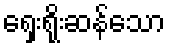
ရှေးရိုးဆန်သော